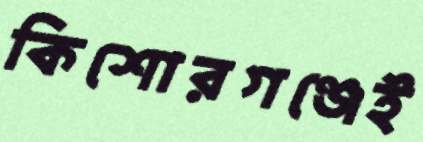
কিশোরগঞ্জেই